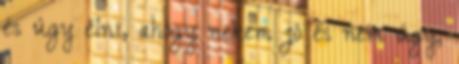
és úgy élni, ahogy nekem jó és nem úgy,